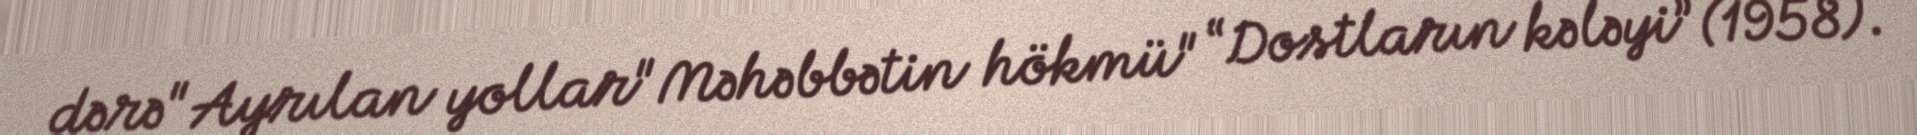
dərə"Ayrılan yollar"Məhəbbətin hökmü" “Dostların kələyi” (1958).